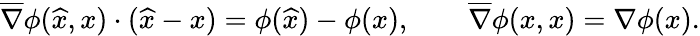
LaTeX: \begin{array}{r}{\overline{{\nabla}}\phi(\widehat x,x)\cdot(\widehat x-x)=\phi(\widehat x)-\phi(x),\qquad\overline{{\nabla}}\phi(x,x)=\nabla\phi(x).}\end{array}